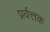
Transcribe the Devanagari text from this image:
प्रर्वत्तक